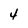
Character: 4